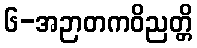
၆-အဉာတကဝိညတ္တိ